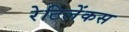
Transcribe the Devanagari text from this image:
रेटिलेंकस